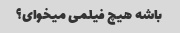
باشه هیچ فیلمی میخوای؟